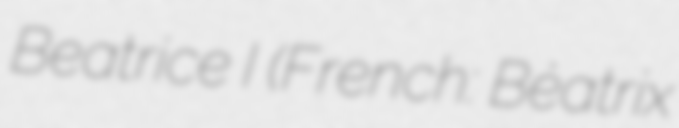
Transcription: Beatrice I (French: Béatrix